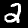
Digit: 2